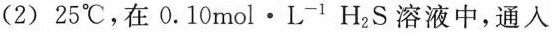
(2)25℃，在0.10mol·L^{-1}H2S溶液中，通入